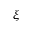
\boldsymbol { \xi }